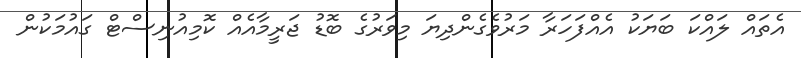
އެތައް ލައްކަ ބަޔަކު އެއްފަހަރާ މަރުވެގެންދިޔަ މިވަރުގެ ބޮޑު ޖަރީމާއެއް ކޮމިއުނިސްޓް ގައުމަކުން